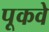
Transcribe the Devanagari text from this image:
पूकवे